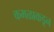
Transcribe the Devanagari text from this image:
कमळाकडून